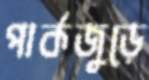
পার্কজুড়ে